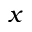
x